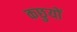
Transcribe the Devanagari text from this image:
कछुयों